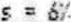
S = 6%